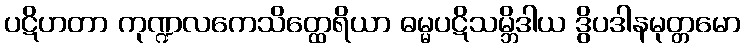
ပဋိဟတာ ကုဏ္ဍလကေသိတ္ထေရိယာ ဓမ္မပဋိသမ္ဘိဒါယ ဒွိပဒါနမုတ္တမော